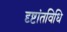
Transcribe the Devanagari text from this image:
दृष्टांतविधि